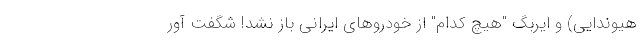
هیوندایی) و ایربگ "هیچ کدام" از خودروهای ایرانی باز نشد! شگفت آور